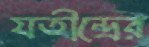
যতীন্দ্রের